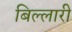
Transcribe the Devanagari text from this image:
बिल्लारी